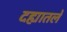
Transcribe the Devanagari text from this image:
दह्यातले